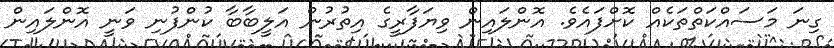
ގިނަ މަސައްކަތްތަކެއް ކޮށްފައެވެ. އޮންލައިން ވިޔަފާރީގެ އިތުރުން އަލީބާބާ ކުންފުނި ވަނީ އޮންލައިން